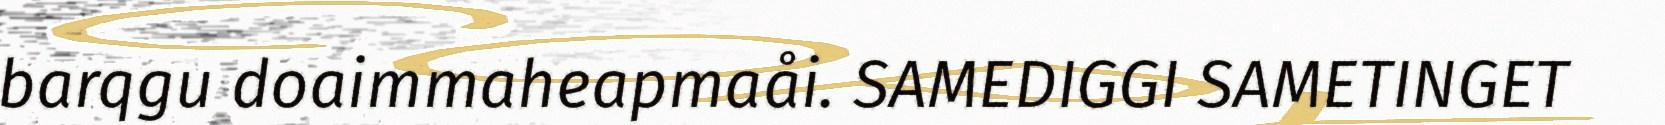
barqgu doaimmaheapmaåi. SAMEDIGGI SAMETINGET